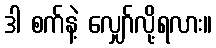
ဒါ စက်နဲ့ လျှော်လို့ရလား။